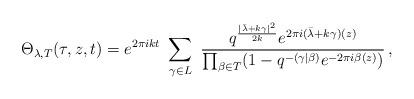
LaTeX: \begin{align*}\Theta_{\lambda, T} (\tau, z, t) = e^{2 \pi i k t } \ \sum_{\gamma \in L} \ \frac{q^{\frac{|\bar{\lambda} + k \gamma |^2}{2k}} e^{2 \pi i (\bar{\lambda} + k \gamma ) (z)}}{\prod_{\beta \in T} (1-q^{-(\gamma | \beta)} e^{-2 \pi i \beta (z)})}\,,\end{align*}